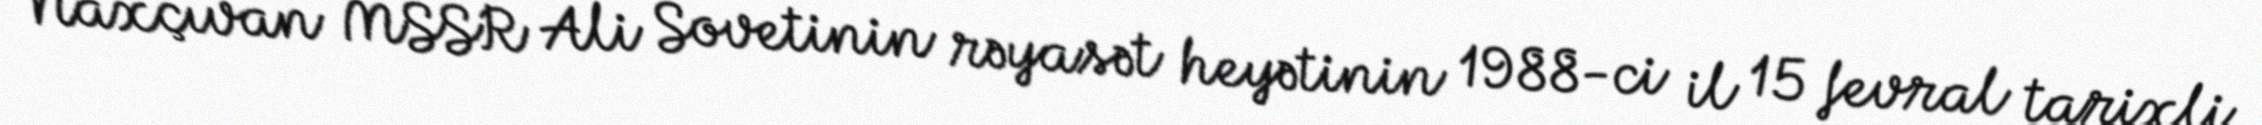
Naxçıvan MSSR Ali Sovetinin rəyasət heyətinin 1988-ci il 15 fevral tarixli